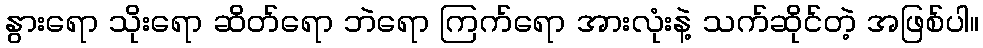
နွားရော သိုးရော ဆိတ်ရော ဘဲရော ကြက်ရော အားလုံးနဲ့ သက်ဆိုင်တဲ့ အဖြစ်ပါ။